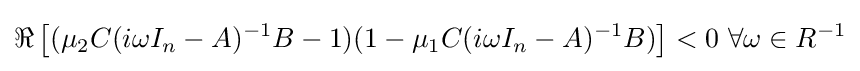
\Re \left[(\mu _{2}C(i\omega I_{n}-A)^{-1}B-1)(1-\mu _{1}C(i\omega I_{n}-A)^{-1}B)\right]<0\ \forall \omega \in R^{-1}